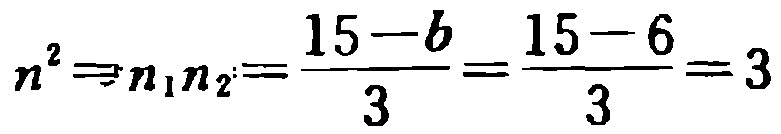
\[n^{2}\Rightarrow n_{1}n_{2}=\frac{15 - b}{3}=\frac{15 - 6}{3}=3\]